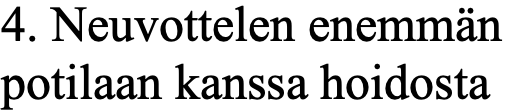
4. Neuvottelen enemmän potilaan kanssa hoidosta